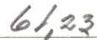
61,23